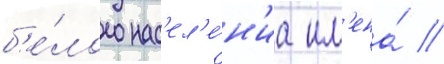
б'е́лого нас'ел'е́н'иа им'ена́ /